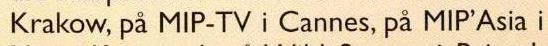
Krakow, på MIP-TV i Cannes, på MIP'Asia i